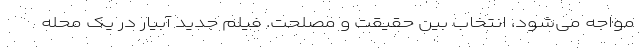
مواجه می‌شود، انتخاب بین حقیقت و مصلحت. فیلم جدید آبیار در یک محله